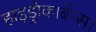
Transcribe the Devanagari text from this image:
हाइड्रोकार्बन्स।